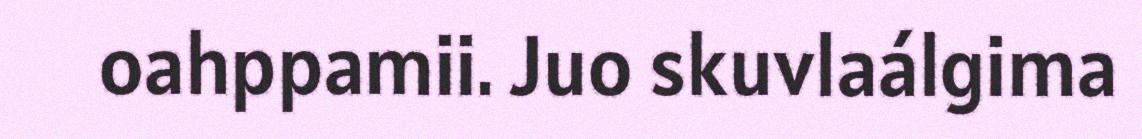
oahppamii. Juo skuvlaálgima